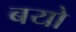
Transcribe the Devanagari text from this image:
बयो